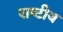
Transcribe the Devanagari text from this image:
राष्‍टीय